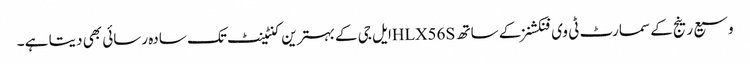
وسیع رینج کے سمارٹ ٹی وی فنکشنز کے ساتھ HLX56Sایل جی کے بہترین کنٹینٹ تک سادہ رسائی بھی دیتا ہے ۔